Lunatic asylums Punjab 1881-1894 - 1881-1894
Year: 1881
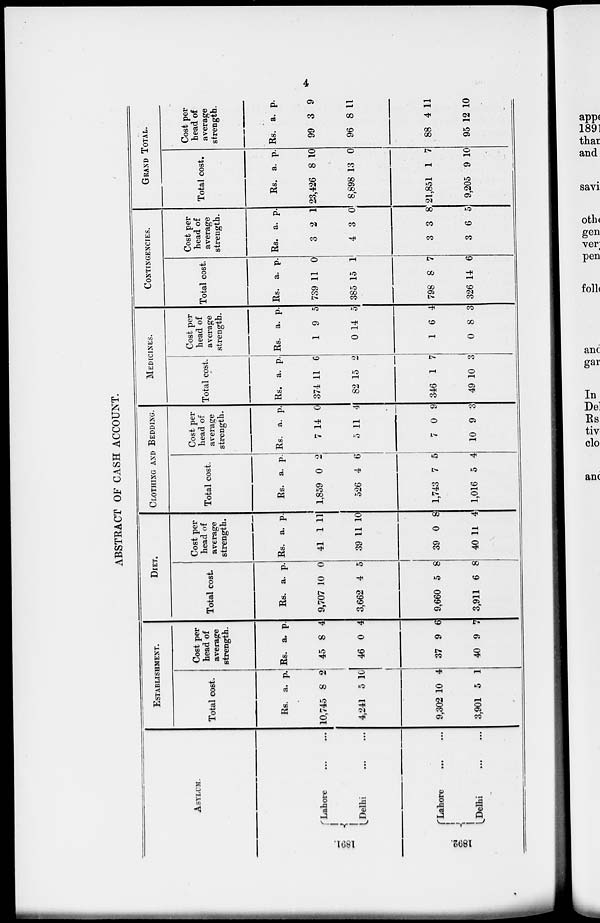
4
ABSTRACT OF CASH ACCOUNT.
ASYLUM.
1891.
1892.
Lahore
...
...
Delhi
...
...
Lahore
...
...
Delhi ... ...
ESTABLISHMENT.
Total cost.
Rs.
10,745
4,241
9,302
3,901
a.
8
5
10
5
p.
2
10
4
1
Cost per
head of
average
strength.
Rs.
45
46
37
40
a.
8
0
9
9
p.
4
4
6
7
DIET.
Total cost.
Rs.
9,707
3,662
9,660
3,911
a.
10
4
5
6
p.
0
5
8
8
Cost per
head of
average
strength.
Rs.
41
39
39
40
a.
1
11
0
11
p.
11
10
8
4
CLOTHING AND BEDDING.
Total cost.
Rs.
1,859
526
1,743
1,016
a.
0
4
7
5
p.
2
6
5
4
Cost per
head of
average
strength.
Rs.
7
5
7
10
a.
14
11
0
9
p.
0
4
9
3
MEDICINES.
Total cost.
Rs.
374
82
346
49
a.
11
15
1
10
p.
6
2
7
3
Cost per
head of
average
strength.
Rs.
1
0
1
0
a.
9
14
6
8
p.
5
5
4
3
CONTINGENCIES.
Total cost.
Rs.
739
385
798
326
a.
11
15
8
14
p.
0
1
7
6
Cost per
head of
average
strength.
Rs.
3
4
3
3
a.
2
3
3
6
p.
1
0
8
5
GRAND TOTAL.
Total cost.
Rs.
23,426
8,898
21,851
9,205
a.
8
13
1
9
p.
10
0
7
10
Cost per
head of
average
strength.
Rs.
99
96
88
95
a.
3
8
4
12
p.
9
11
11
10